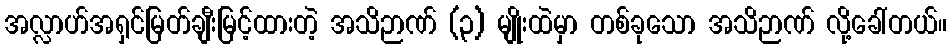
အလ္လာဟ်အရှင်မြတ်ချီးမြင့်ထားတဲ့ အသိဉာဏ် (၃) မျိုးထဲမှာ တစ်ခုသော အသိဉာဏ် လို့ခေါ်တယ်။